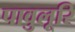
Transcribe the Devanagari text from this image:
पावुलूरि